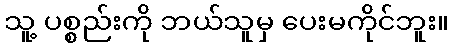
သူ့ ပစ္စည်းကို ဘယ်သူမှ ပေးမကိုင်ဘူး။